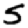
Digit: 5